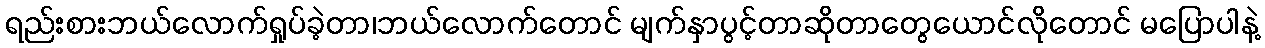
ရည်းစားဘယ်လောက်ရှုပ်ခဲ့တာ၊ဘယ်လောက်တောင် မျက်နှာပွင့်တာဆိုတာတွေယောင်လိုတောင် မပြောပါနဲ့